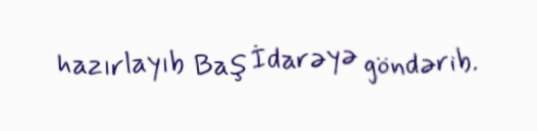
hazırlayıb Baş İdarəyə göndərib.